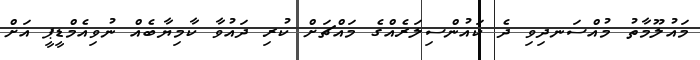
މައުލޫމާތު މުއްސަނދިވި ދެ ކައުންސިލަރެއްގެ މައްޗަށް ކުރި ދައުވާ ކާމިޔާބެއް ނުވިއެމްޑީޕީ އަށް